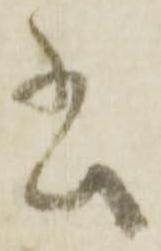
書